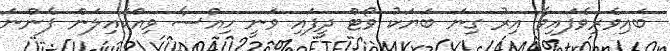
ބައިވެރިވެފައިވާ އިރު ގިނަ ބަޔަކު ވޯޓް ދީފައި ވަނީ ހިއްސާ ވިއްކައިލަން ފެންނަ